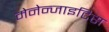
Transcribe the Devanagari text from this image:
मेनेन्जाइटिस